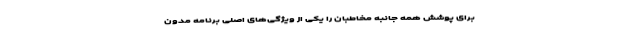
برای پوشش همه جانبه مخاطبان را یکی از ویژگی‌های اصلی برنامه مدون